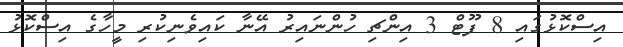
އިސްކޮޅުގައި 8 ފޫޓް 3 އިންޗި ހުންނައިރު އޭނާ ކައިވެނިކުރި މީހާގެ އިސްކޮޅު